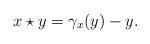
LaTeX: \begin{align*} x\star y=\gamma_x(y)-y.\end{align*}